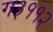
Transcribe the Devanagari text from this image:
ग३११२